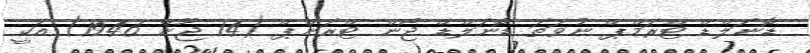
ޑޮނަލްޑް ޓްރަމްޕް ނުވަތަ ޑޮނަލްޑް ޖޯން ޓްރަންޕް (14 ޖޫން 1946) އަކީ